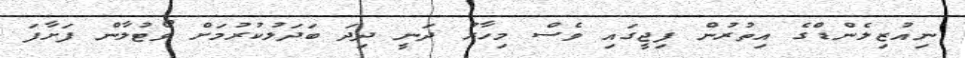
ނިއުޒިލެންޑްގެ އިތުރުން ފިޖީގައި ވެސް މިހާރު ދަނީ ދިދަ ބަދަލުކުރުމަށް ވޯޓުލާން ފަށާފަ